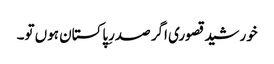
خورشید قصوری اگر صدرِپاکستان ہوں تو۔